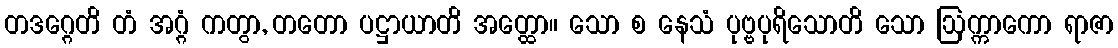
တဒဂ္ဂေတိ တံ အဂ္ဂံ ကတွာ, တတော ပဋ္ဌာယာတိ အတ္ထော။ သော စ နေသံ ပုဗ္ဗပုရိသောတိ သော ဩက္ကာကော ရာဇာ